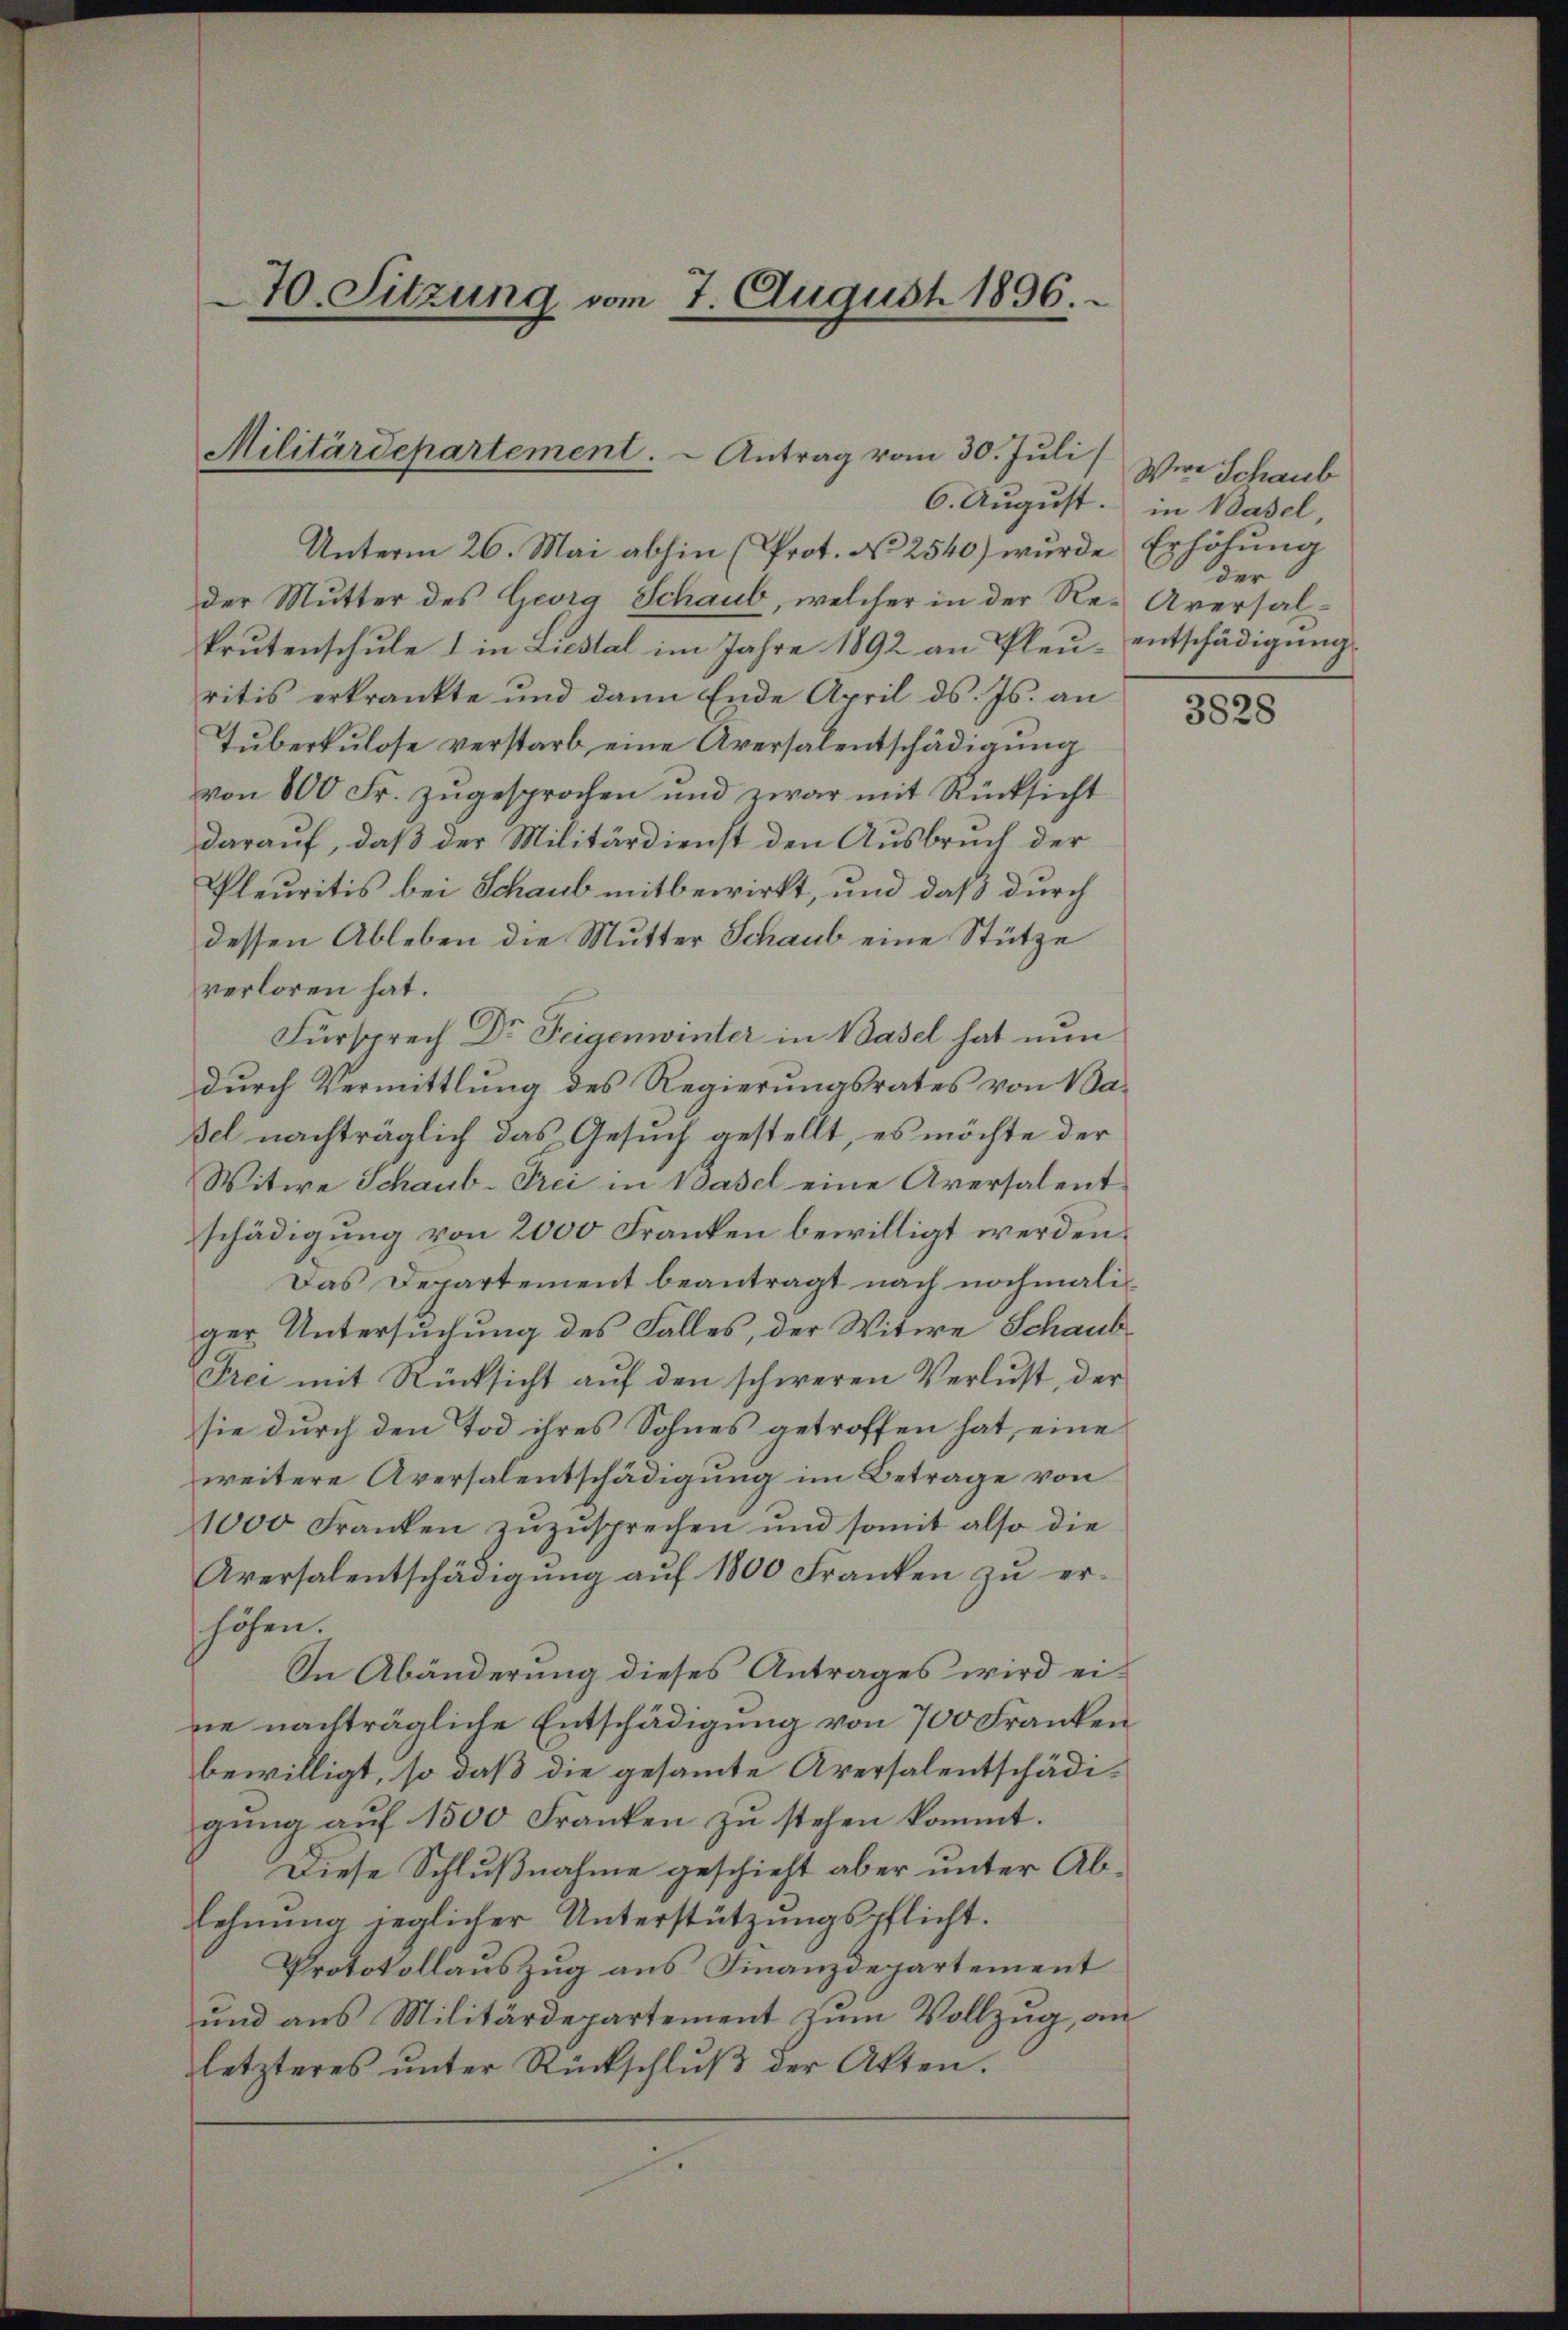
70. Sitzung vom 7. August 1896.

Militärdepartement.  Antrag vom 30. Juli

6. August. in Basel,

Unterm 26. Mai abhin (Prot. No 2540) wurde
der Mutter des Georg Schaub, welcher in der Re-Aversalkrutenschule I in Liestal im Jahre 1892 an Pleu- entschädigung
ritis erkrankte und dann Ende April ds. Js. an
Tuberkulose verstarb eine Aversalentschädigung
von 800 Fr. zugesprochen und zwar mit Rücksicht
darauf, daß der Militärdienst den Ausbruch der
Pleuritis bei Schaub mitbewirkt, und daß durch
dessen Ableben die Mutter Schaub eine Stütze
verloren hat.
Fürsprech Dr Feigenwinter in Basel hat nun
durch Vermittlung des Regierungsrates von Basel nachträglich das Gesuch gestellt, es möchte der
Witwe Schaub-Frei in Basel eine Aversalent
schädigung von 2000 Franken bewilligt werden.
Das Departement beantragt nach nochmaliger Untersuchung des Falles, der Witwe Schaub¬
Frei mit Rücksicht auf den schweren Verlust, der
sie durch den Tod ihres Sohnes getroffen hat, eine
weitere Aversalentschädigung im Betrage von
1000 Franken zŭzŭsprechen und somit also die
Aversalentschädigung auf 1800 Franken zu erhöhen.
In Abänderung dieses Antrages wird eine nachträgliche Entschädigung von 700 Franken
bewilligt, so daß die gesammte Aversalentschädigŭng auf 1500 Franken zu stehen kommt.
Diese Schlußnahme geschieht aber unter Ablehnung jeglicher Unterstützungspflicht.
Protokollauszug aus Finanzdepartement
und aus Militärdepartement zum Vollzug, an
letzteres ŭnter Rückschlŭβ der Akten.

Were Schaub
Erhöhung
der

3828